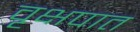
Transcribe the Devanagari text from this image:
वृक्षपात